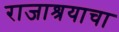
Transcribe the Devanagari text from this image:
राजाश्रयाचा